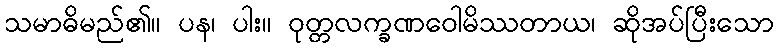
သမာဓိမည်၏။ ပန၊ ပါး။ ဝုတ္တလက္ခဏဝေါမိဿတာယ၊ ဆိုအပ်ပြီးသော